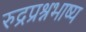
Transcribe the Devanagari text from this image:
रुद्रप्रश्नभाष्य